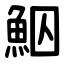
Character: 鮂